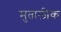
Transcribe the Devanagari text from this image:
मुतालीक